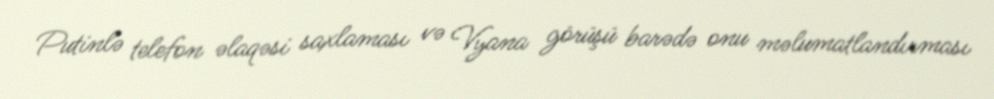
Putinlə telefon əlaqəsi saxlaması və Vyana görüşü barədə onu məlumatlandırması